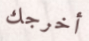
أخرجك